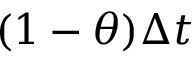
( 1 - \theta ) \Delta t